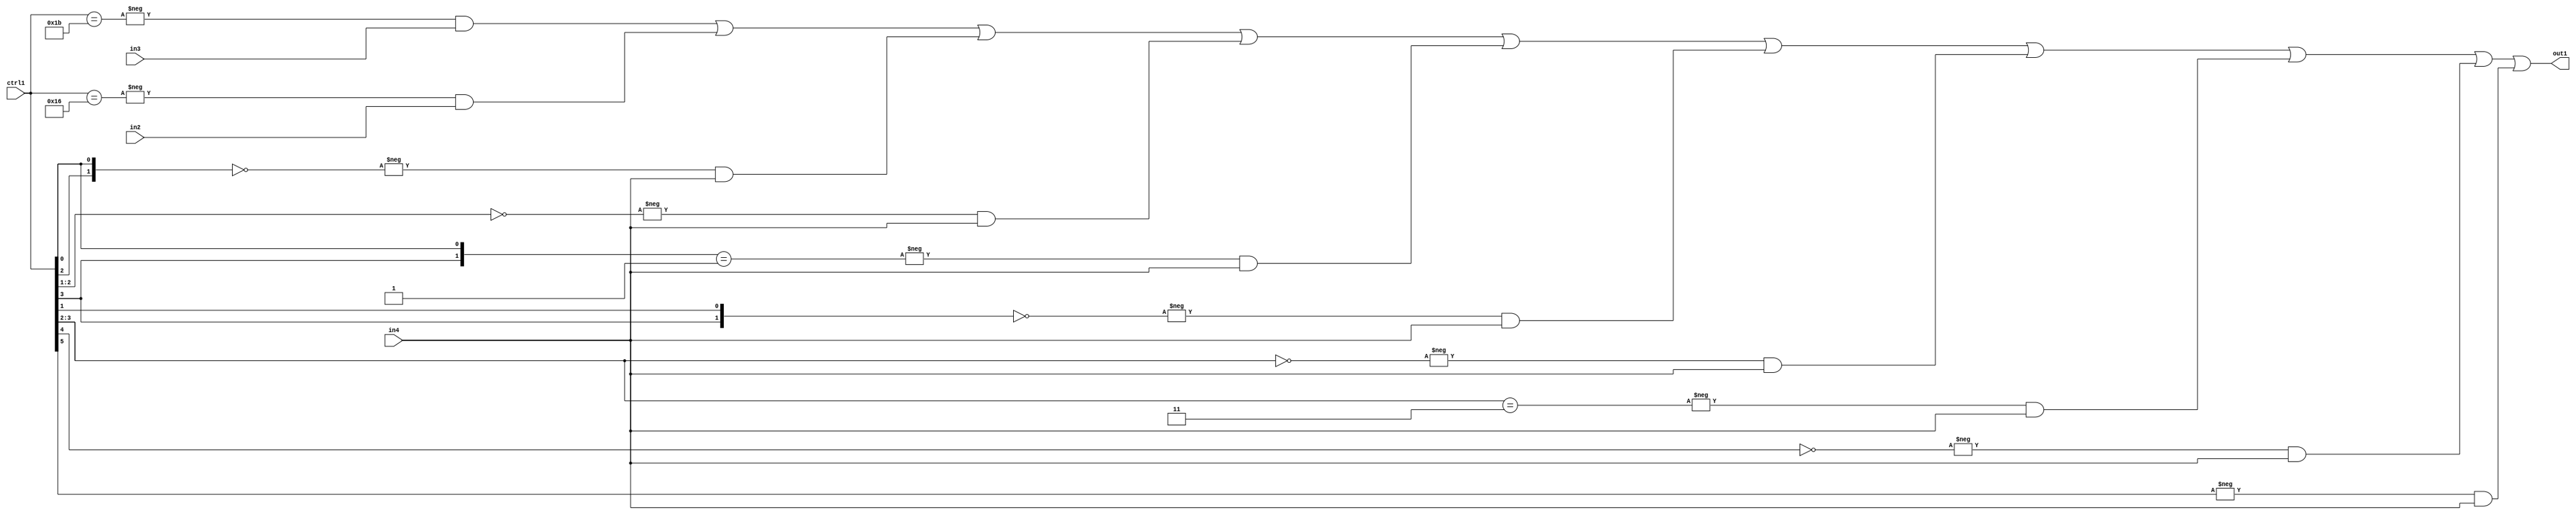
`timescale 1ps / 1ps
/*****************************************************************************
    Verilog RTL Description
    
    
    Created by: Stratus DpOpt 21.05.01 
*******************************************************************************/

module SobelFilter_N_Mux_32_3_107_1 (
	in4,
	in3,
	in2,
	ctrl1,
	out1
	); /* architecture "behavioural" */ 
input [31:0] in4;
input [8:0] in3,
	in2;
input [5:0] ctrl1;
output [31:0] out1;
wire [31:0] asc001;

assign asc001 = 
	-{ctrl1 == 6'B011011} & in3 |
	-{ctrl1 == 6'B010110} & in2 |
	-{{ctrl1[2], ctrl1[0]} == 2'B00} & in4 |
	-{ctrl1[2:1] == 2'B00} & in4 |
	-{{ctrl1[3], ctrl1[0]} == 2'B01} & in4 |
	-{{ctrl1[3], ctrl1[1]} == 2'B00} & in4 |
	-{ctrl1[3:2] == 2'B00} & in4 |
	-{ctrl1[3:2] == 2'B11} & in4 |
	-{ctrl1[4] == 1'B0} & in4 |
	-{ctrl1[5] == 1'B1} & in4 ;

assign out1 = asc001;
endmodule

/* CADENCE  vrf4Sg4= : u9/ySxbfrwZIxEzHVQQV8Q== ** DO NOT EDIT THIS LINE ******/